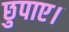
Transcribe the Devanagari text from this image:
छुपाए।